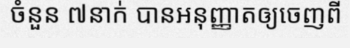
ចំនួន ៧នាក់ បានអនុញ្ញាតឲ្យចេញពី